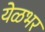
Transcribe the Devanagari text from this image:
येळभर